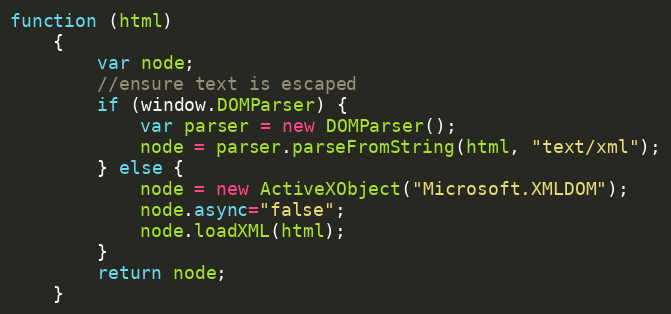
Language: JavaScript
function (html)
    {
        var node;
        //ensure text is escaped
        if (window.DOMParser) {
            var parser = new DOMParser();
            node = parser.parseFromString(html, "text/xml");
        } else {
            node = new ActiveXObject("Microsoft.XMLDOM");
            node.async="false";
            node.loadXML(html);
        }
        return node;
    }